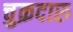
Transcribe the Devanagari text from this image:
चुक्रदारु